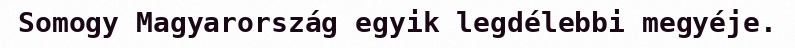
Somogy Magyarország egyik legdélebbi megyéje.